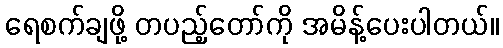
ရေစက်ချဖို့ တပည့်တော်ကို အမိန့်ပေးပါတယ်။